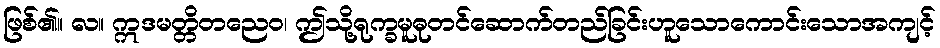
ဖြစ်၏။ လ။ ဣဒမတ္တိတညေဝ၊ ဤသို့ရုက္ခမူဓုတင်ဆောက်တည်ခြင်းဟူသောကောင်းသောအကျင့်